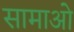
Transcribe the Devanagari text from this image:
सामाओ